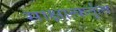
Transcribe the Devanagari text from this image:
साक्षात्कर्तृत्व